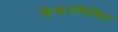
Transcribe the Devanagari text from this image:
केशरमिश्रित